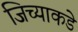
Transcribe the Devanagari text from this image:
जिच्याकडे